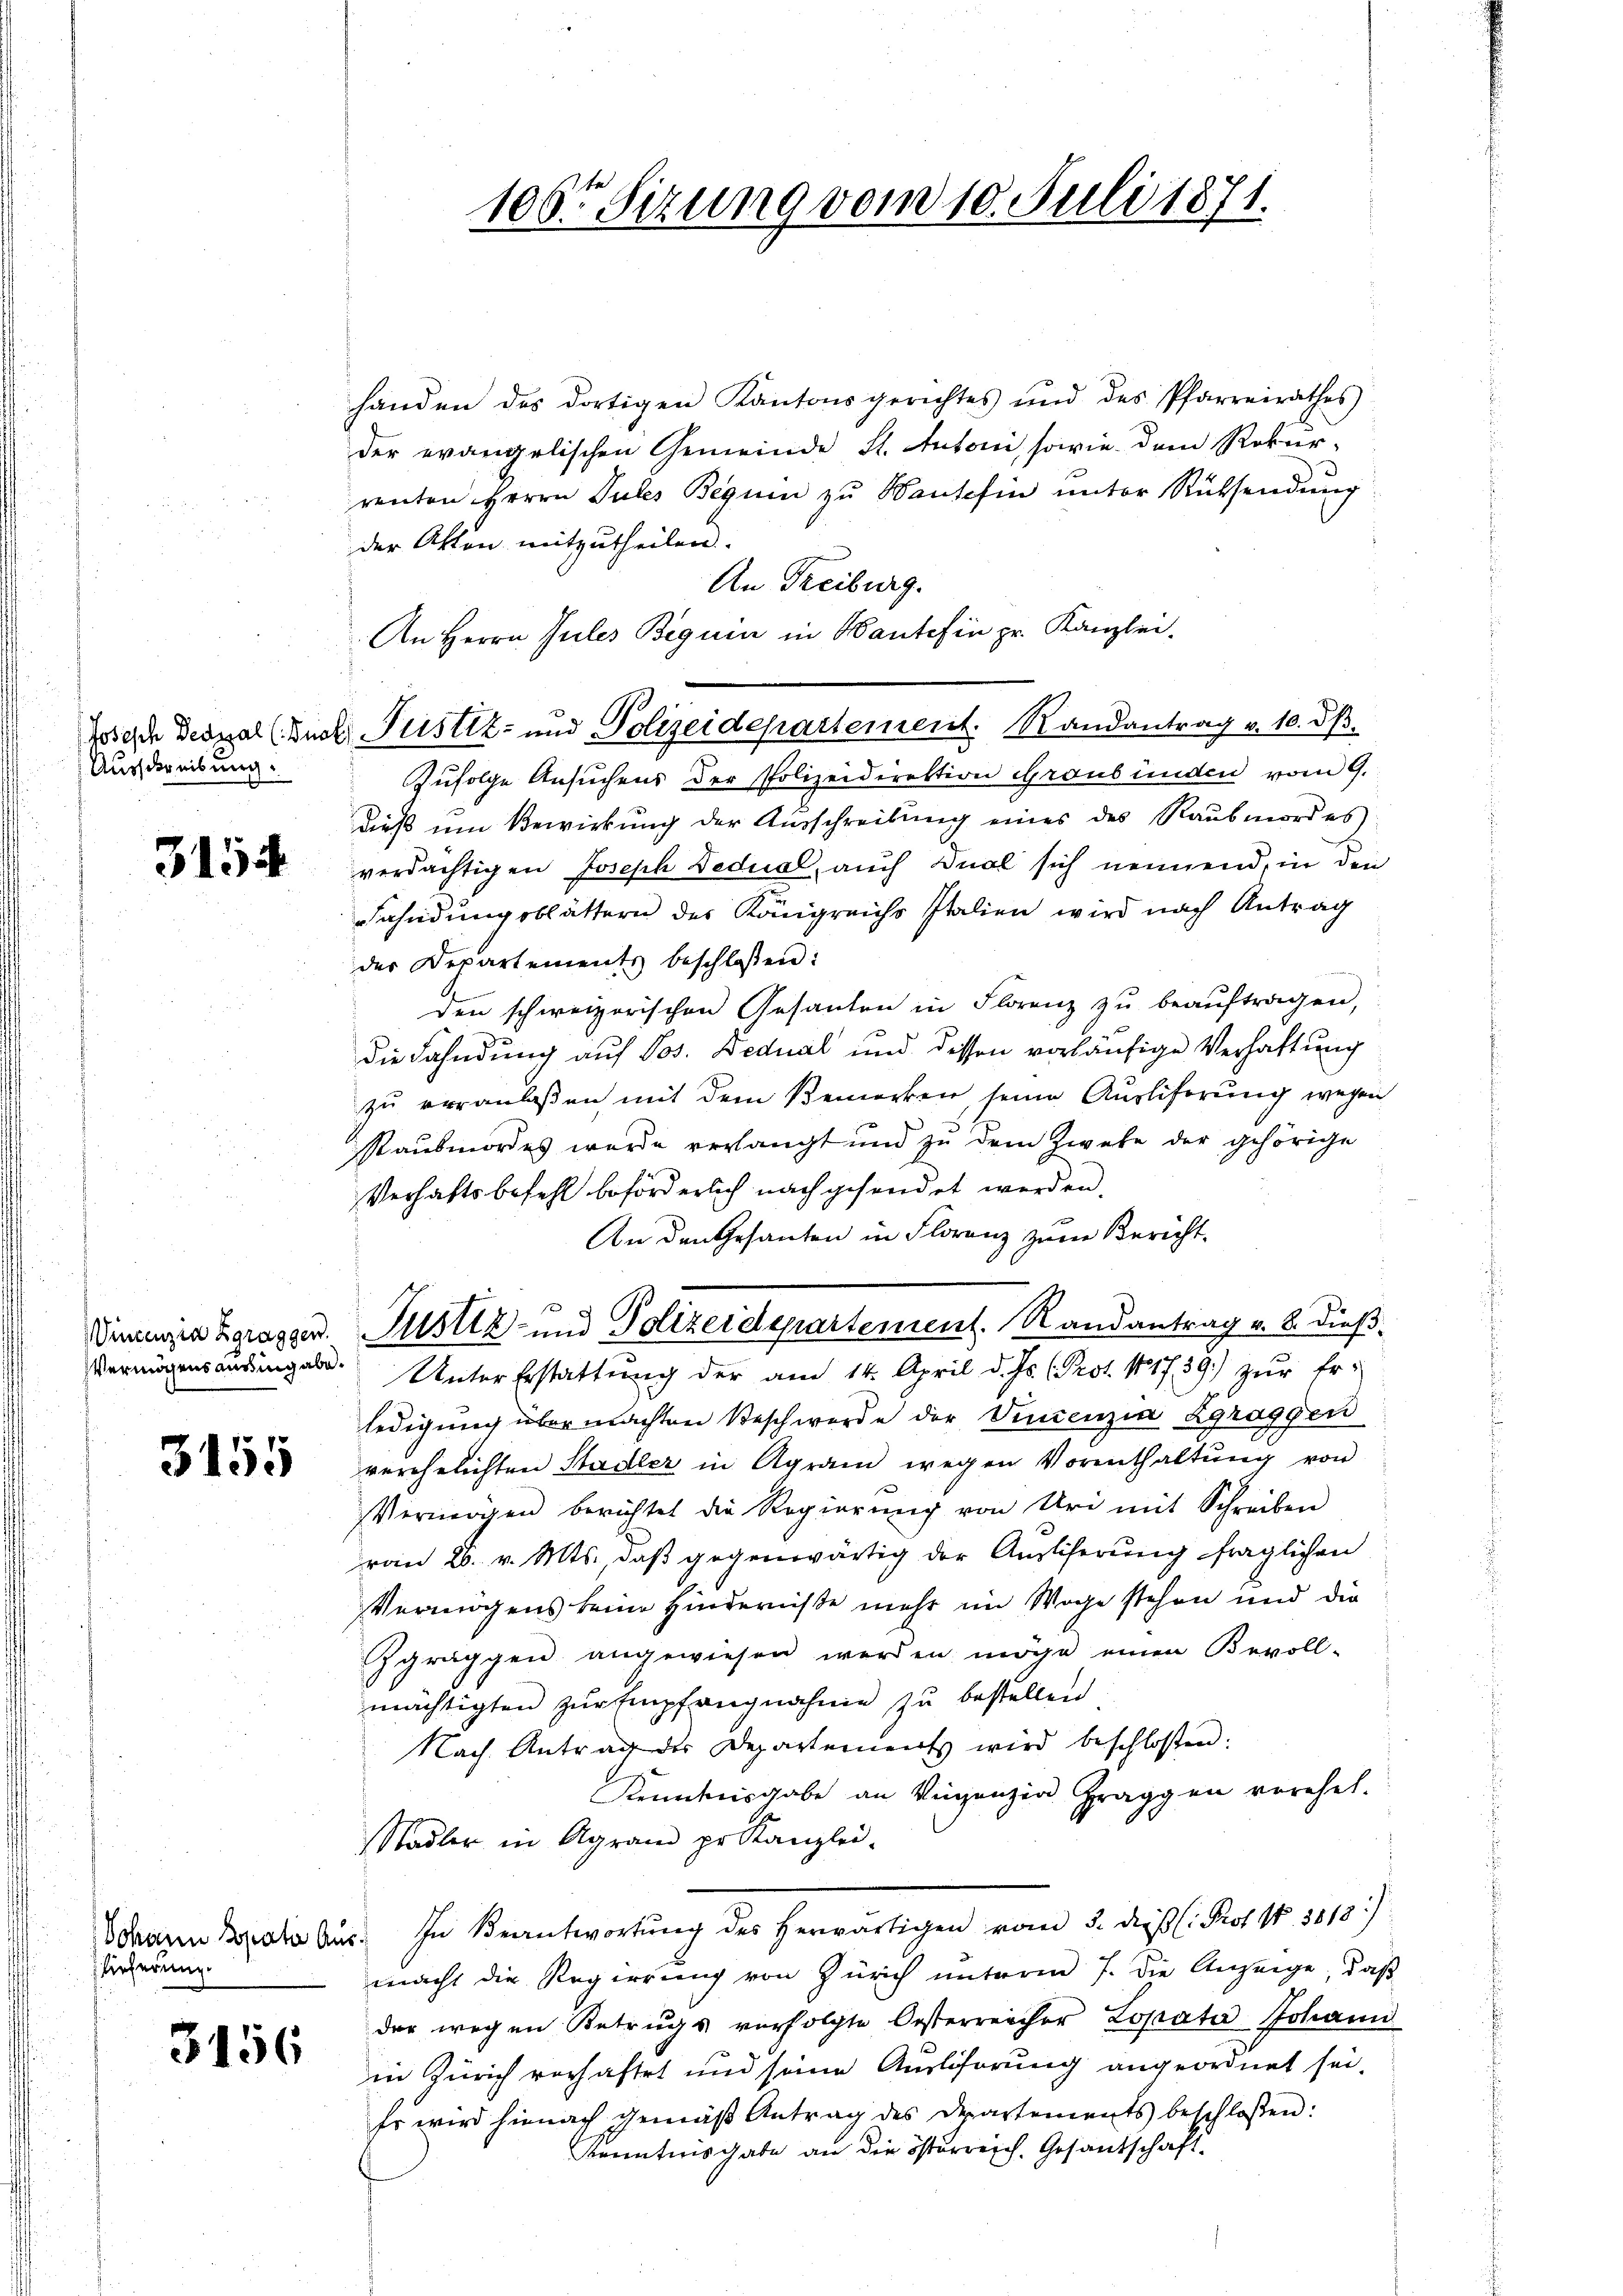
Ausschreibung.

3154

Vincenzia Zgraggen.

3155

Johann Spato Aus
lieferung.

3456

handen des dortigen Kantonsgerichtes und des Pfarreirathes
der evangelischen Gemeinde St. Antoni, sowie dem Rekur-
renten Herrn Pules Beguin zu Hausefin unter Rücksendung
der Akten mitzutheilen.
An Freiburg.
An Herrn Jules Beguin in Mante fin pr. Kanzlei-
Zufolge Ansuchens der Polizeidirektion Graubünden vom 9.
dieß um Bewirkung der Ausschreibung eines des Raubmordes
verdächtigen Joseph Bedual, auch Qual sich nennend, in den
Fahndungsblättern des Königreichs Italien wird nach Antrag
der Departements beschlossen:
den schweizerischen Gesanten in Florenz zŭ beaŭftragen,
die Fahndung auf Jos. Bedual und dessen vorläufige Verhaltung
zu veranlaßen mit dem Bemerken seine Auslieferung wegen
staubmordes wurde verlangt und zu dem Zwehe der gehörige
Verhaftsbefehl beförderlich nachgesendet werden.
An den Gesanten in Florenz zum Bericht.
Justiz- und Polizeidepartement. Randantrag v. 8. dieß.
Vermögensansingabe. Unter Erstattŭng der am 14. April d. Js. (Prot. 11739) zŭr Er-
ledigung übermachten Beschwerde der Vincenzia Zgraggen
verehelichten Stadler in Agram wegen Vorenthaltung von
Vermögen berichtet die Regierŭng von Uri mit Schreiben
ran 26. v. Mts. daß gegenwärtig der Anstiferung fraglichen
Vermögens keine Hinderniße mehr im Wege stehen und die
Zgraggen angewiesen werden möge einen Bevoll-
mächtigten zŭr Empfangnahme zu bestellen
Nach Antrag der Departements wird beschloßen:
Kenntnisgabe an Verganz in Fräggen vorehel.
Stadler in Agram pr. Kanzlei-
In Beantwortŭng des herwärtigen vom 3. dieβ (: Prof. N. 3818)
macht die Regierung von Zürich unterm 7. Die Anzeige, daß
der wegen Betrugs verfolgte Osterreicher Lopata Johann
in Zürich verhaftet und seine Ausliferung angeordnet sei.
Er wird hienach gemäβ Antrag des Departements beschlossen:
Kenntnisgabe an die österreich, Gesandschaft.

106ten Sizung vom 10. Juli 1871.

Josisch Deszal (Buch Pustiz- und Polizeidepartement. Randantrag v. 10. dß.